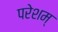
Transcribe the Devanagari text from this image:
परेशम्